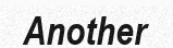
Another